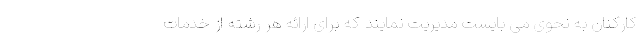
کارکنان به نحوی می بایست مدیریت نمایند که برای ارائه هر رشته از خدمات